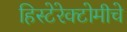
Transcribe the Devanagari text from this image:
हिस्टेरेक्टोमीचे